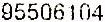
95506104